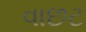
વાછટ